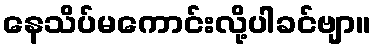
နေသိပ်မကောင်းလို့ပါခင်ဗျာ။